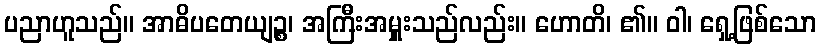
ပညာဟူသည်။ အာဓိပတေယျဉ္စ၊ အကြီးအမှူးသည်လည်း။ ဟောတိ၊ ၏။ ဝါ၊ ရှေ့ဖြစ်သော